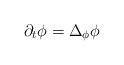
LaTeX: \begin{align*}\partial_t \phi= \Delta_\phi\phi\end{align*}